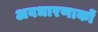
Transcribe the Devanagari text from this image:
अवधारणाकों